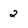
Character: 2